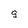
Character: 9